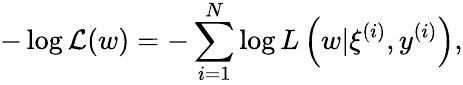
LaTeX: -\log\mathcal{L}(w)=-\sum_{i=1}^{N}\log L\left(w|\xi^{(i)},y^{(i)}\right),